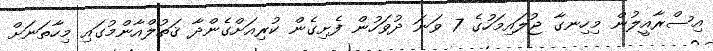
އިސްރާއީލުން މިހިނގާ ޖުލައިމަހުގެ 7 ވަނަ ދުވަހުން ފެށިގެން ކުރިއަށްގެންދާ ޤަތުލްއާންމުގައި މިހާތަނަށް